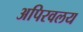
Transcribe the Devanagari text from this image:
अपिरवलय